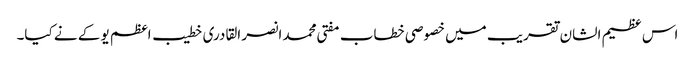
اس عظیم الشان تقریب میں خصوصی خطاب مفتی محمد انصر القادری خطیب اعظم یو کے نے کیا۔